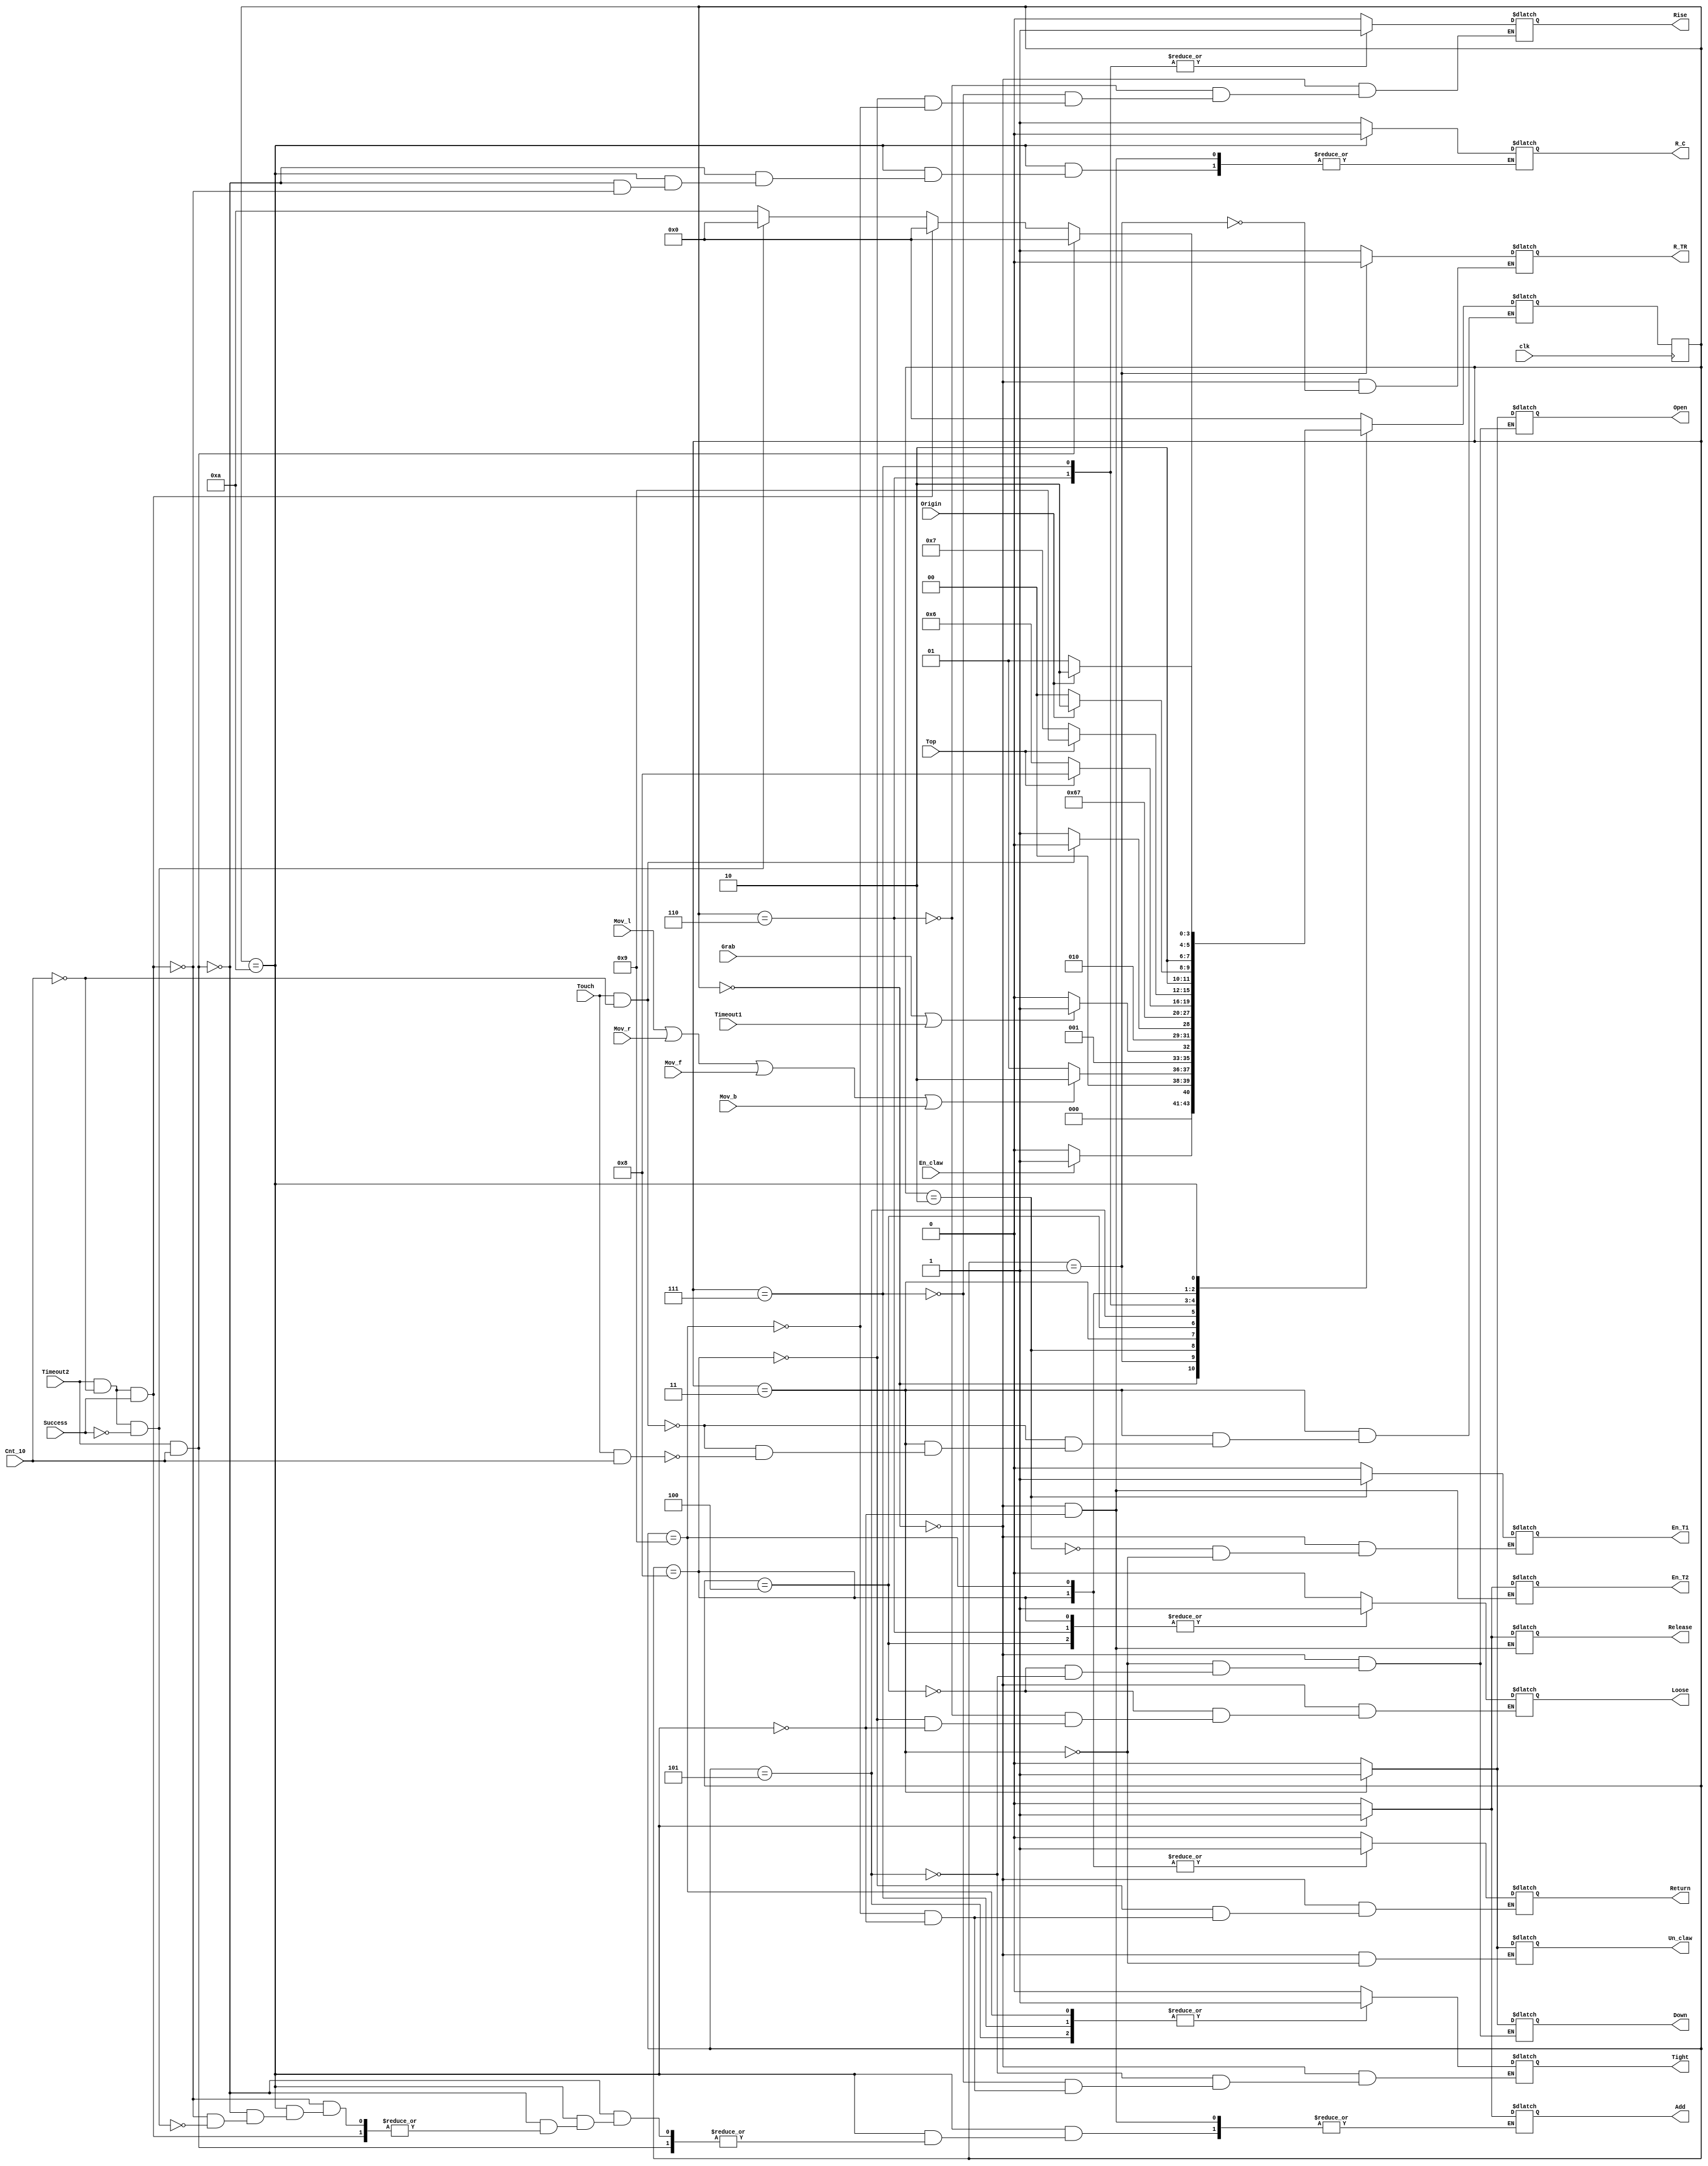
module Main_control(
    input   clk,
    input   Mov_l, Mov_r, Mov_f, Mov_b,
    input   Grab,
    input   Touch,
    input   Top,
    input   Origin,
    input   En_claw,
    input   Timeout1,
    input   Timeout2,
    input   Cnt_10,
    input   Success,
    output reg  Return,
    output reg  Down,
    output reg  Rise,
    output reg  Open,
    output reg  Tight,
    output reg  Loose,
    output reg  Release,
    output  En_T1,
    output  En_T2,
    output  Add,
    output  R_C,
    output  R_TR,
    output  Un_claw
);
    //control signal    
    reg     Un_claw;     //鎖住搖桿（使Move訊號無效）
    reg     En_T1;       //啟動timer1
    reg     En_T2;       //啟動timer2
    reg     Add;         //使counter+1
    reg     R_C;         //使counter歸零
    reg     R_TR;        //重設Timer1、Timer2、Register1、Register2

    reg[3:0]    State;
    reg[3:0]    Nextstate;


    initial
    begin
        State = 0;
    end
    


       
    always @(*) 
    begin : main_control
        case (State)
            0:
                    begin
                        En_T1 = 1'b0;
                        En_T2 = 1'b0;
                        Un_claw = 1'b0;
                        Add = 1'b0;
                        R_C = 1'b1;
                        R_TR = 1'b1;
                        Return = 1'b0;
                        Down = 1'b0;
                        Rise = 1'b0;
                        Open = 1'b0;
                        Tight = 1'b0;
                        Loose = 1'b0;
                        Release = 1'b0; 
                        if (En_claw == 1'b1)
                        begin
                            Nextstate = 1;
                        end
                        else
                        begin
                            Nextstate = 0;
                        end
                    end
            1:
                    begin
                        R_TR = 1'b0;
                        if (Mov_l || Mov_r || Mov_f || Mov_b)
                        begin
                            Nextstate = 2;
                        end
                        else
                        begin
                            Nextstate = 1;
                        end
                    end
            2:
                    begin
                        En_T1 = 1'b1;
                        if (Grab == 1'b1 || Timeout1 == 1'b1)
                        begin
                            Nextstate = 3; 
                        end 
                        else
                        begin
                            Nextstate = 2;
                        end
                    end
            3:
                    begin
                        En_T1 = 1'b0;
                        Un_claw = 1'b1;
                        Down = 1'b1;
                        Open = 1'b1;
                        if (Touch == 1'b1 && Cnt_10 == 1'b0)
                        begin
                            Nextstate = 4;
                        end
                        else if (Touch == 1'b1 && Cnt_10 == 1'b1)
                        begin
                            Nextstate = 5;
                        end
                    end
            4:
                    begin
                        Loose = 1'b1;
                        Down = 1'b0;
                        Open = 1'b0;
                        Nextstate = 6; 
                    end
            5:
                    begin
                        Tight = 1'b1;
                        Down = 1'b0;
                        Open = 1'b0; 
                        Nextstate = 7;
                    end
            6:
                    begin
                        Loose = 1'b1;
                        Rise = 1'b1;
                        if (Top == 1'b1)
                        begin
                            Nextstate = 8;
                        end
                        else
                        begin
                            Nextstate = 6; 
                        end 
                    end
            7:
                    begin
                        Tight = 1'b1;
                        Rise = 1'b1;
                        if (Top == 1'b1)
                        begin
                            Nextstate = 9;
                        end
                        else
                        begin
                            Nextstate = 7; 
                        end 
                    end
            8:
                    begin
                        Rise = 1'b0;
                        Loose = 1'b1;
                        Return = 1'b1;
                        if (Origin == 1'b1)
                        begin
                            Nextstate = 10;
                        end
                        else
                        begin
                            Nextstate = 8;
                        end 
                    end
            9:
                    begin
                        Rise = 1'b0;
                        Tight = 1'b1;
                        Return = 1'b1;
                        if (Origin == 1'b1)
                        begin
                            Nextstate = 10;
                        end
                        else
                        begin
                            Nextstate = 9;
                        end 
                    end
            10:
                    begin
                        Return = 1'b0;
                        Loose = 1'b0;
                        Tight = 1'b0;
                        Release = 1'b1;
                        En_T2 = 1'b1;
                        if (Timeout2 == 1'b1 && Cnt_10 == 1'b1)
                        begin
                            R_C = 1'b0;
                            Nextstate = 0;
                        end
                        else if (Timeout2 == 1'b1 && Cnt_10 == 1'b0 && Success == 1'b1)
                        begin
                           R_C = 1'b0;
                           Nextstate = 0; 
                        end
                        else if (Timeout2 == 1'b1 && Cnt_10 == 1'b0 && Success == 1'b0)
                        begin
                           Add = 1'b1;
                           Nextstate = 0; 
                        end
                        else
                        begin
                            Nextstate = 10;
                        end
                    end       
            default: 
                    begin
                        Nextstate = 0;
                    end
        endcase 
    end

    always @(posedge clk) 
    begin
        State <= Nextstate;
    end

    



endmodule